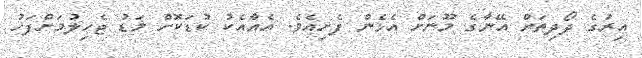
އިރުގެ ދޯދިތަށް އޭނާގެ މޫނަށް އެޅެން ފެށިއެވެ. އެއާއެކު ކުޑަކޮށް މަޑު ޖެހިލުމަށްފަހު